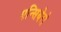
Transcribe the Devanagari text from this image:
एन्सियेरो